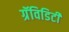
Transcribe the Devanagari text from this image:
ग्रॅविडिटी